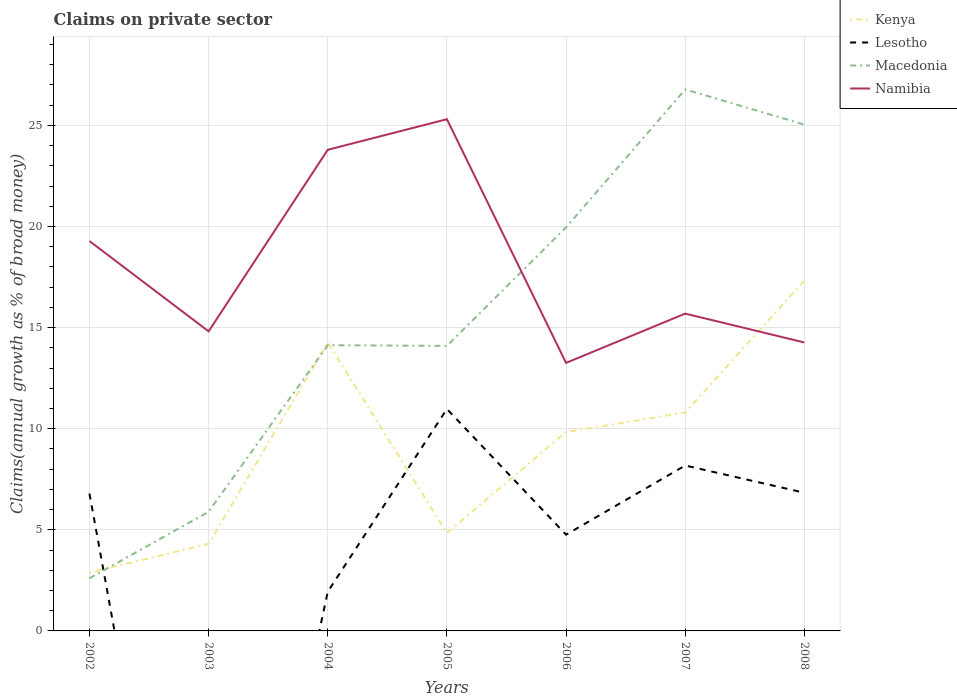
| Years | Kenya | Lesotho | Macedonia | Namibia |
 | --- | --- | --- | --- | --- |
 | 2002 | 2.88 | 6.79 | 2.6 | 19.3 |
 | 2003 | 4.31 | -25.5 | 5.89 | 14.8 |
 | 2004 | 14.3 | 1.94 | 14.1 | 23.8 |
 | 2005 | 4.84 | 11 | 14.1 | 25.3 |
 | 2006 | 9.84 | 4.76 | 20 | 13.3 |
 | 2007 | 10.8 | 8.18 | 26.8 | 15.7 |
 | 2008 | 17.3 | 6.83 | 25 | 14.3 |